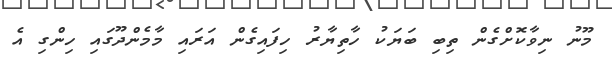
މޫނު ނިވާކޮށްގެން ތިބި ބަޔަކު ހާތިޔާރު ހިފައިގެން އަރައި މާމެންދޫގައި ހިންގި އެ